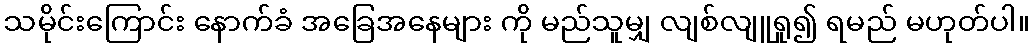
သမိုင်းကြောင်း နောက်ခံ အခြေအနေများ ကို မည်သူမျှ လျစ်လျူရှု၍ ရမည် မဟုတ်ပါ။